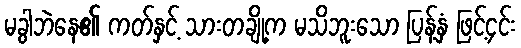
မခွါဘဲနေ၏ ကတ်နှင့် သားတချို့က မသိဘူးသော ပြန့်နှံ ဖြင့်၄င်း